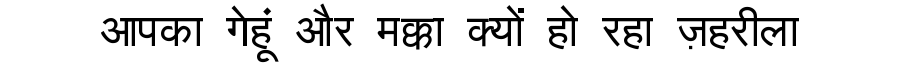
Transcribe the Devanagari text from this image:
आपका गेहूं और मक्का क्यों हो रहा ज़हरीला